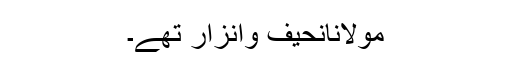
مولانانحیف وانزار تھے۔